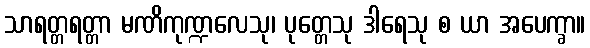
သာရတ္တရတ္တာ မဏိကုဏ္ဍလေသု၊ ပုတ္တေသု ဒါရေသု စ ယာ အပေက္ခာ။